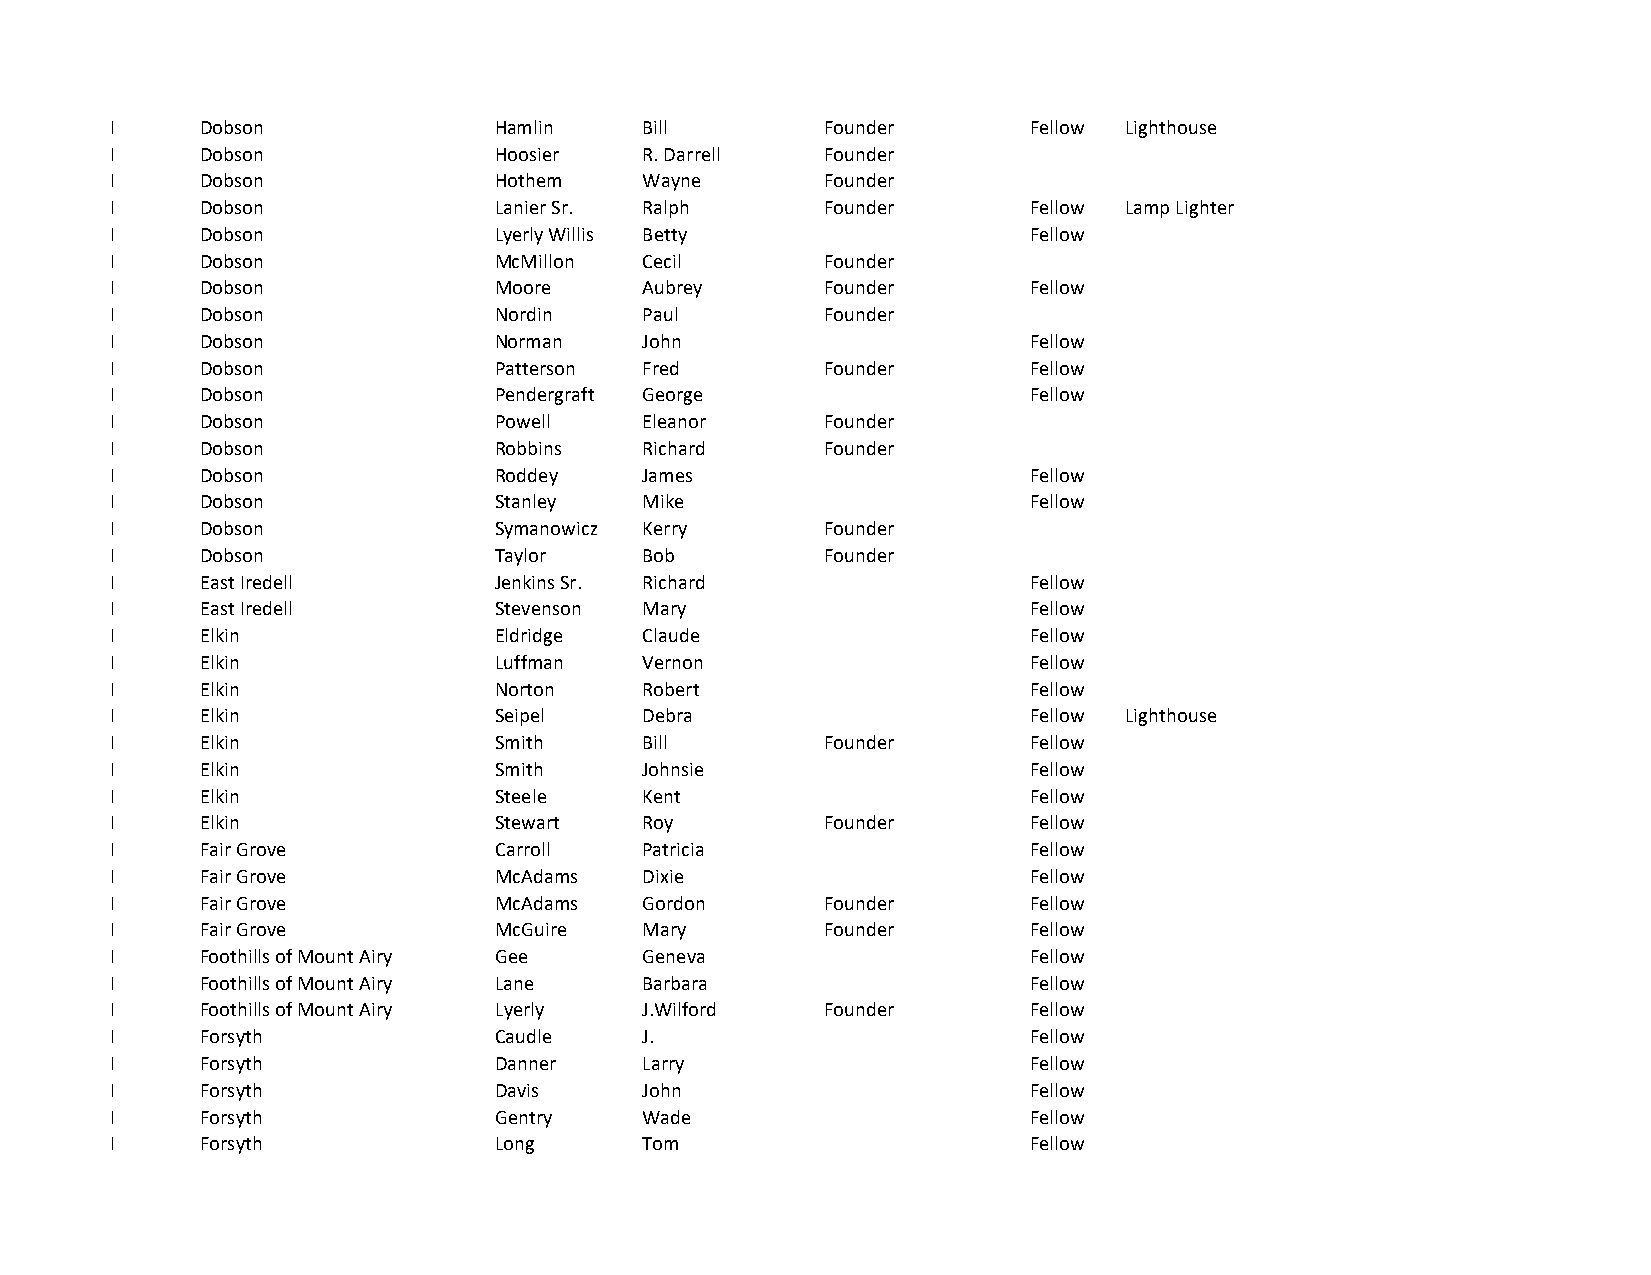
I     Dobson              Hamlin    Bill        Founder      Fellow Lighthouse
 I     Dobson              Hoosier   R. Darrell  Founder
 I     Dobson              Hothem    Wayne       Founder
 I     Dobson              Lanier Sr. Ralph      Founder      Fellow Lamp Lighter
 I     Dobson              Lyerly Willis Betty                Fellow
 I     Dobson              McMillon  Cecil       Founder
 I     Dobson              Moore     Aubrey      Founder      Fellow
 I     Dobson              Nordin    Paul        Founder
 I     Dobson              Norman    John                     Fellow
 I     Dobson              Patterson Fred        Founder      Fellow
 I     Dobson              Pendergraft George                 Fellow
 I     Dobson              Powell    Eleanor     Founder
 I     Dobson              Robbins   Richard     Founder
 I     Dobson              Roddey    James                    Fellow
 I     Dobson              Stanley   Mike                     Fellow
 I     Dobson              Symanowicz Kerry      Founder
 I     Dobson              Taylor    Bob         Founder
 I     East Iredell        Jenkins Sr. Richard                Fellow
 I     East Iredell        Stevenson Mary                     Fellow
 I     Elkin               Eldridge  Claude                   Fellow
 I     Elkin               Luffman   Vernon                   Fellow
 I     Elkin               Norton    Robert                   Fellow
 I     Elkin               Seipel    Debra                    Fellow Lighthouse
 I     Elkin               Smith     Bill        Founder      Fellow
 I     Elkin               Smith     Johnsie                  Fellow
 I     Elkin               Steele    Kent                     Fellow
 I     Elkin               Stewart   Roy         Founder      Fellow
 I     Fair Grove          Carroll   Patricia                 Fellow
 I     Fair Grove          McAdams   Dixie                    Fellow
 I     Fair Grove          McAdams   Gordon      Founder      Fellow
 I     Fair Grove          McGuire   Mary        Founder      Fellow
 I     Foothills of Mount Airy Gee   Geneva                   Fellow
 I     Foothills of Mount Airy Lane  Barbara                  Fellow
 I     Foothills of Mount Airy Lyerly J.Wilford  Founder      Fellow
 I     Forsyth             Caudle    J.                       Fellow
 I     Forsyth             Danner    Larry                    Fellow
 I     Forsyth             Davis     John                     Fellow
 I     Forsyth             Gentry    Wade                     Fellow
 I     Forsyth             Long      Tom                      Fellow